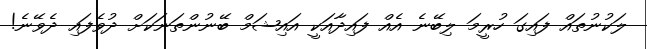
ލަކުނުތައް ފައިގަ ހުރީމަ ލިބޭނެ އެއް ފައިދާއަކީ އައިޝަމް ބޭނުންތަނަކަށް ދުވެފައި ދެވޭނެ!